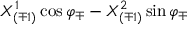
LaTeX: { X _ { ( \mp 1 ) } ^ { 1 } \cos \varphi _ { \mp } - X _ { ( \mp 1 ) } ^ { 2 } \sin \varphi _ { \mp } }